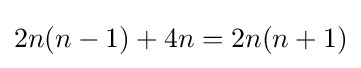
2n(n-1)+4n=2n(n+1)